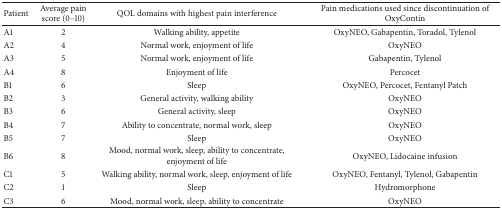
<table><thead><tr><td><b>Patient</b></td><td><b>Average pain score (0–10)</b></td><td><b>QOL domains with highest pain interference</b></td><td><b>Pain medications used since discontinuation of OxyContin</b></td></tr></thead><tbody><tr><td>A1</td><td>2</td><td>Walking ability, appetite</td><td>OxyNEO, Gabapentin, Toradol, Tylenol</td></tr><tr><td>A2</td><td>4</td><td>Normal work, enjoyment of life</td><td>OxyNEO</td></tr><tr><td>A3</td><td>5</td><td>Normal work, enjoyment of life</td><td>Gabapentin, Tylenol</td></tr><tr><td>A4</td><td>8</td><td>Enjoyment of life</td><td>Percocet</td></tr><tr><td>B1</td><td>6</td><td>Sleep</td><td>OxyNEO, Percocet, Fentanyl Patch</td></tr><tr><td>B2</td><td>3</td><td>General activity, walking ability</td><td>OxyNEO</td></tr><tr><td>B3</td><td>6</td><td>General activity, sleep</td><td>OxyNEO</td></tr><tr><td>B4</td><td>7</td><td>Ability to concentrate, normal work, sleep</td><td>OxyNEO</td></tr><tr><td>B5</td><td>7</td><td>Sleep</td><td>OxyNEO</td></tr><tr><td>B6</td><td>8</td><td>Mood, normal work, sleep, ability to concentrate, enjoyment of life</td><td>OxyNEO, Lidocaine infusion</td></tr><tr><td>C1</td><td>5</td><td>Walking ability, normal work, sleep, enjoyment of life</td><td>OxyNEO, Fentanyl, Tylenol, Gabapentin</td></tr><tr><td>C2</td><td>1</td><td>Sleep</td><td>Hydromorphone</td></tr><tr><td>C3</td><td>6</td><td>Mood, normal work, sleep, ability to concentrate</td><td>OxyNEO</td></tr></tbody></table>